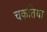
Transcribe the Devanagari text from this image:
चकतिया